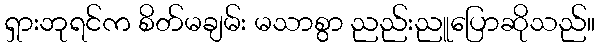
ရှားဘုရင်က စိတ်မချမ်း မသာစွာ ညည်းညူပြောဆိုသည်။